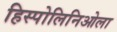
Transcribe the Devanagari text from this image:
हिस्पोलिनिओला